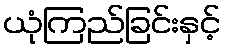
ယုံကြည်ခြင်းနှင့်